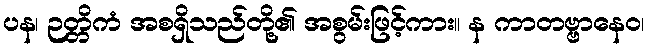
ပန၊ ဉတ္တိကံ အစရှိသည်တို့၏ အစွမ်းဖြင့်ကား။ န ကာတဗ္ဗာနေဝ၊